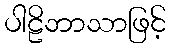
ပါဠိဘာသာဖြင့်